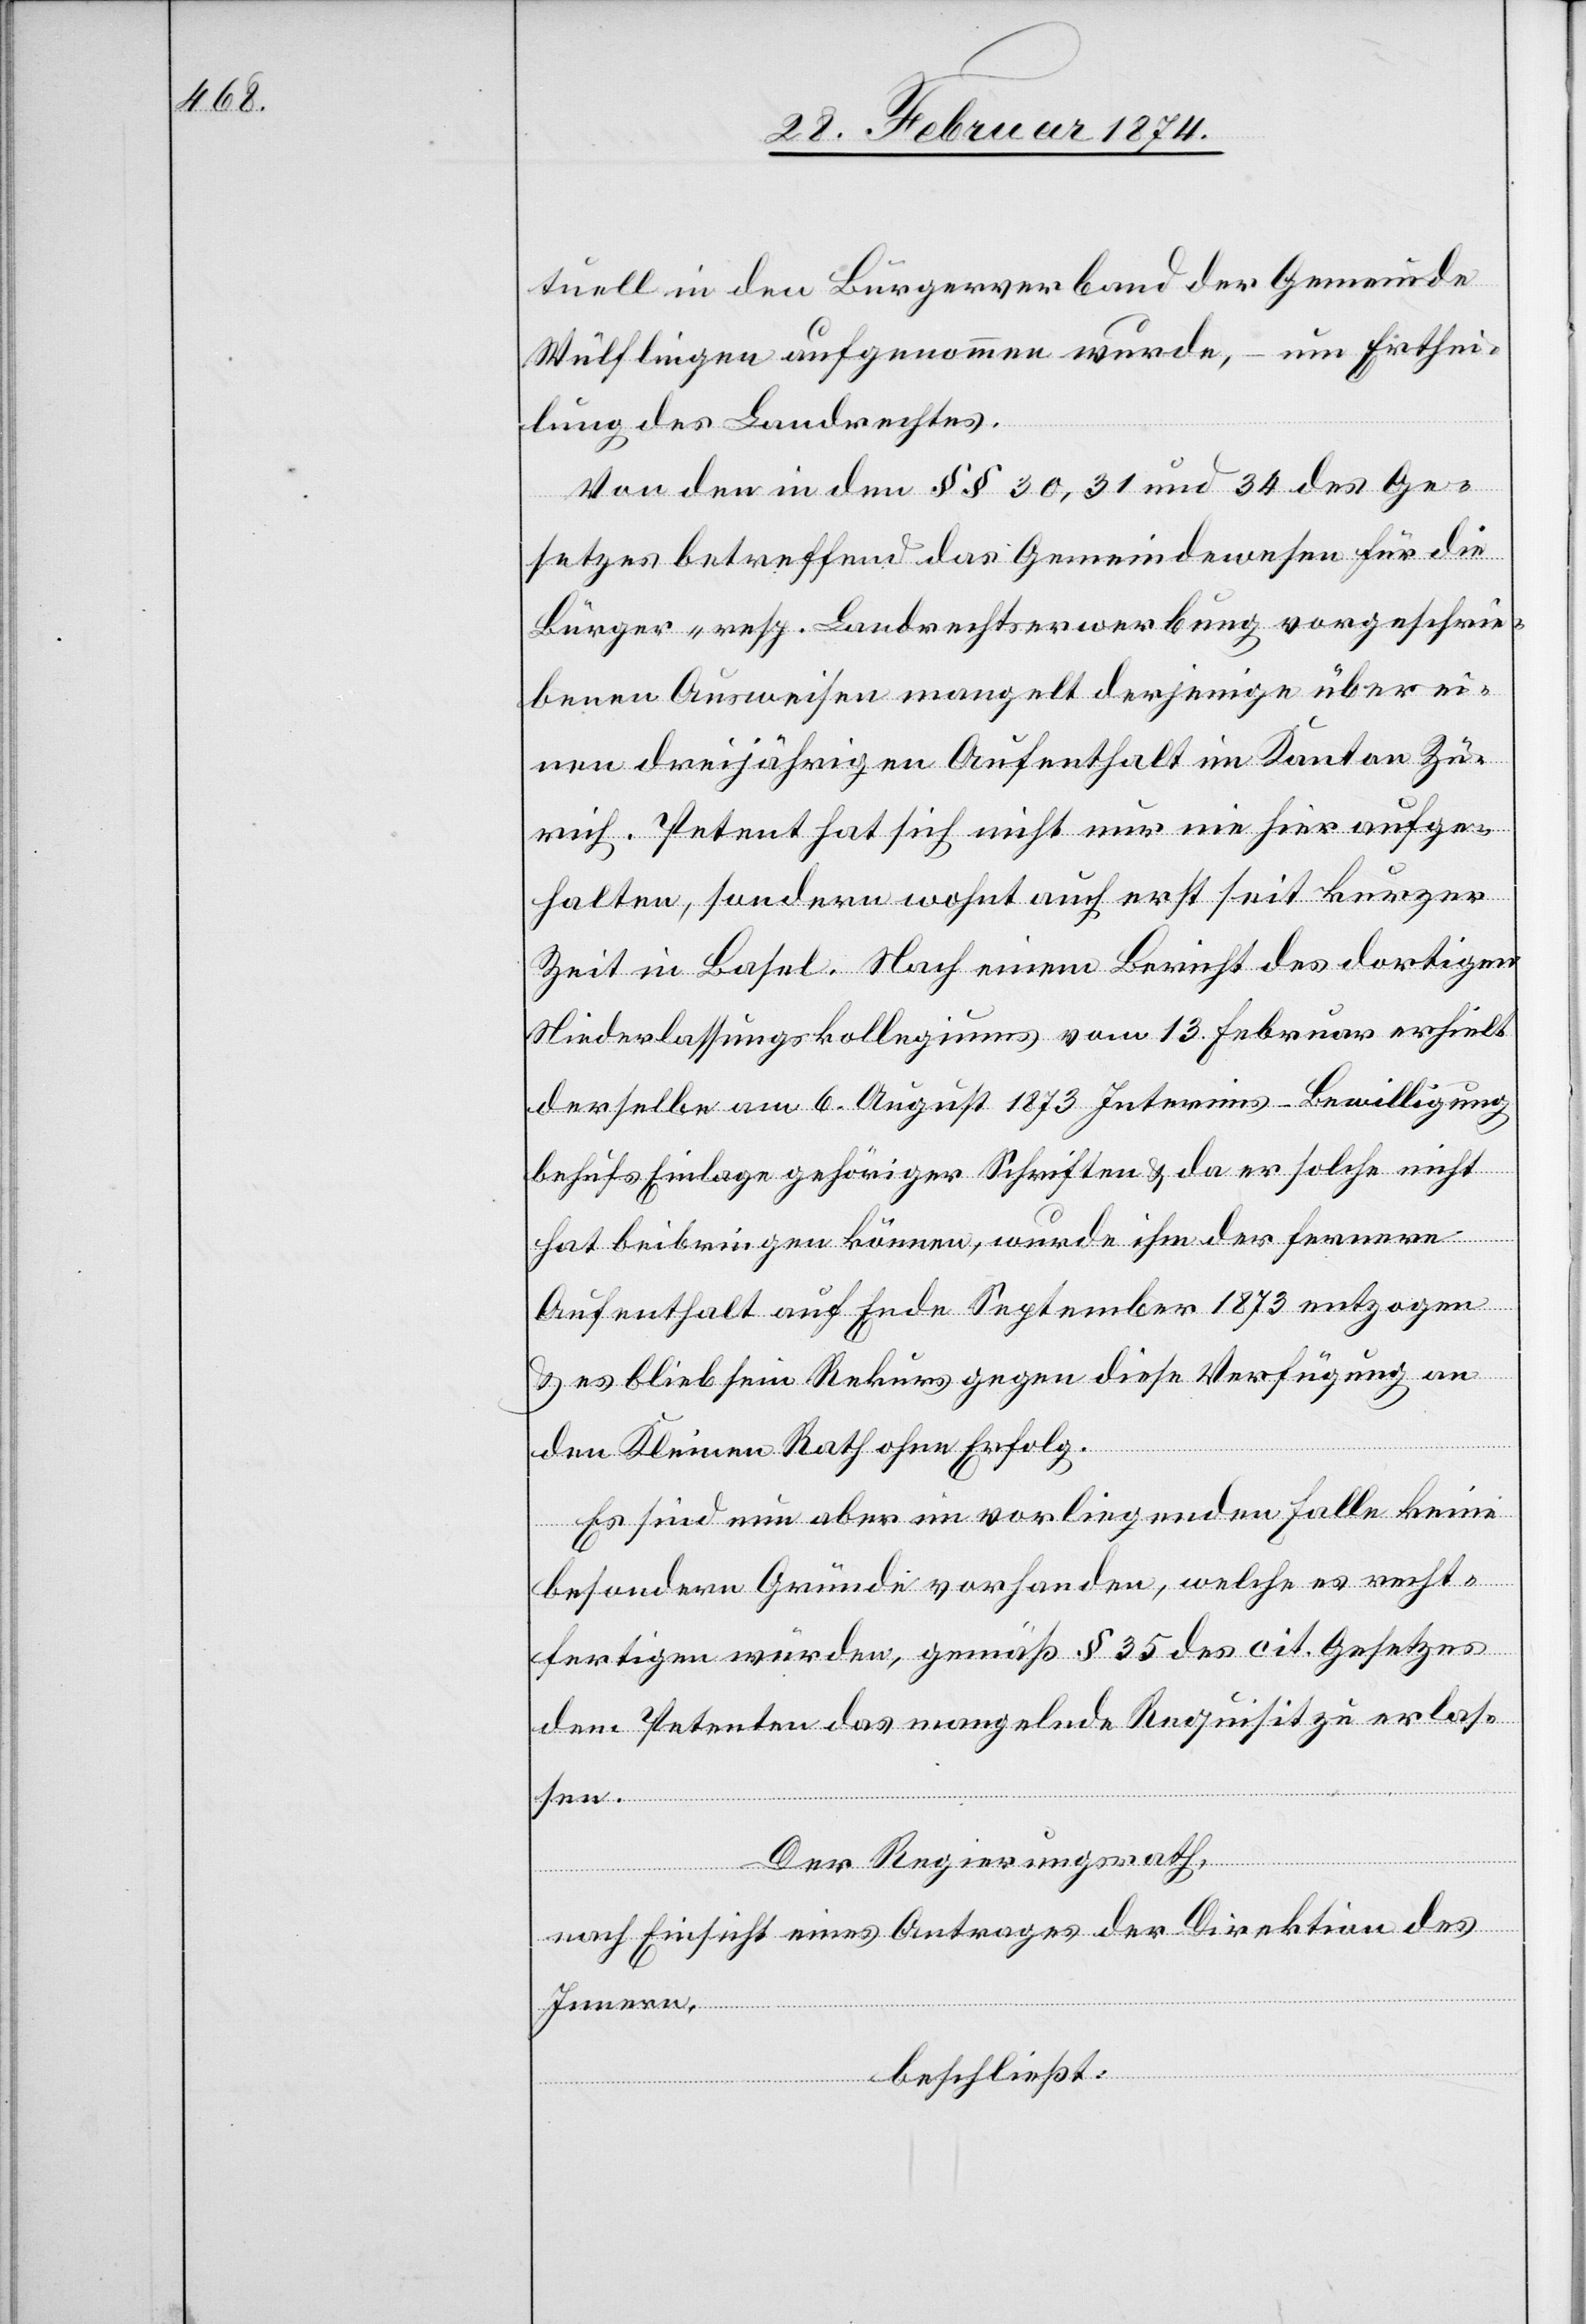
tuell in den Bürgerverband der Gemeinde
Wülflingen aufgenommen wurde, – um Erthei¬
lung des Landrechtes.
Von den in den §§ 30, 31 und 34 des Ge¬
setzes betreffend das Gemeindewesen für die
Bürger- resp. Landrechtserwerbung vorgeschrie¬
benen Ausweisen mangelt derjenige über ei¬
nen dreijährigen Aufenthalt im Kanton Zü¬
rich. Petent hat sich nicht nur nie hier aufge¬
halten, sondern wohnt auch erst seit kurzer
Zeit in Basel. Nach einem Bericht des dortigen
Niederlassungskollegiums vom 13. Februar erhielt
derselbe am 6. August 1873 Interims-Bewilligung
behufs Einlage gehöriger Schriften u. da er solche nicht
hat beibringen können, wurde ihm der fernere
Aufenthalt auf Ende September 1873 entzogen
u. es blieb sein Rekurs gegen diese Verfügung an
den Kleinen Rath ohne Erfolg.
Es sind nun aber im vorliegenden Falle keine
besondern Gründe vorhanden, welche es recht¬
fertigen würden, gemäß § 35 des cit. Gesetzes
dem Petenten das mangelnde Requisit zu erlas¬
sen.
Der Regierungsrath,
nach Einsicht eines Antrages der Direktion des
Innern,
beschließt: